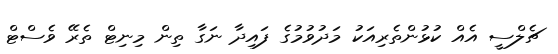
ޗެލްސީ އެއް ކުޅުންތެރިއަކު މަދުވުމުގެ ފައިދާ ނަގާ ތިން މިނިޓް ތެރޭ ވެސްޓް